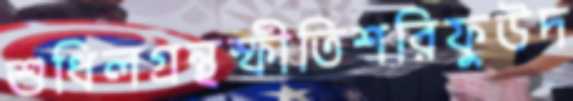
শুধিলগ্রন্থস্ফীতিশরিফুউদ